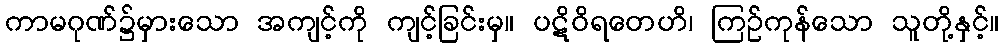
ကာမဂုဏ်၌မှားသော အကျင့်ကို ကျင့်ခြင်းမှ။ ပဋိဝိရတေဟိ၊ ကြဉ်ကုန်သော သူတို့နှင့်။